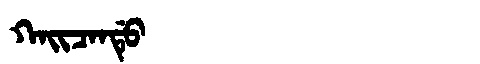
Manchu: ᡴᠠᡳᠴᠠᠨᡩᡠ
Romanization: KAICANDU